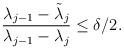
LaTeX: \begin{align*} \frac{\lambda_{j-1}-\tilde\lambda_j}{\lambda_{j-1}-\lambda_j}\leq \delta/2.\end{align*}